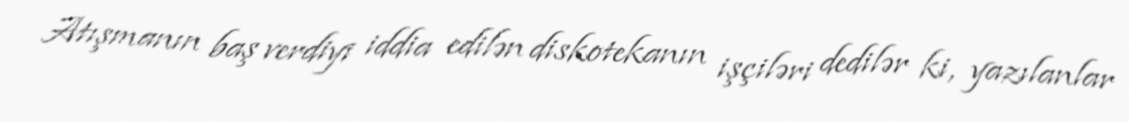
Atışmanın baş verdiyi iddia edilən diskotekanın işçiləri dedilər ki, yazılanlar